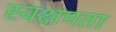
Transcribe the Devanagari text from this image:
स्वक्षमता